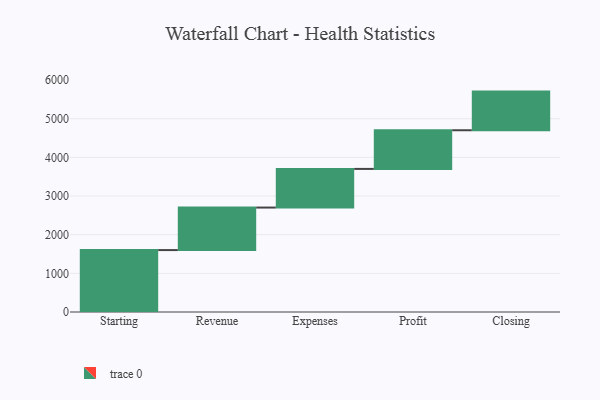
{"axis": {"x": "Step", "y": "Value"}, "legend": [""], "data": [{"x": "Starting", "y": 1602.0, "type": ""}, {"x": "Revenue", "y": 1100.0, "type": ""}, {"x": "Expenses", "y": 1000, "type": ""}, {"x": "Profit", "y": 1000, "type": ""}, {"x": "Closing", "y": 1000, "type": ""}]}